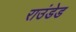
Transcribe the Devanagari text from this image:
राउंडेड